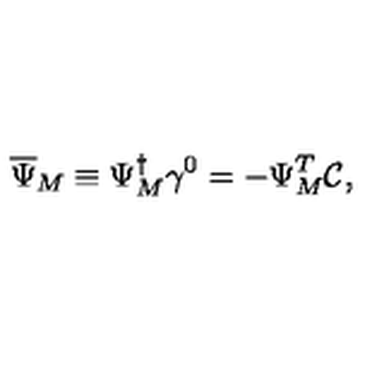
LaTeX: \overline { { \Psi } } _ { M } \equiv \Psi _ { M } ^ { \dagger } \gamma ^ { 0 } = - \Psi _ { M } ^ { T } \mathcal { C } ,